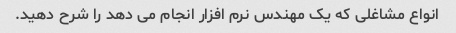
انواع مشاغلی که یک مهندس نرم افزار انجام می دهد را شرح دهید.